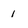
Character: 1